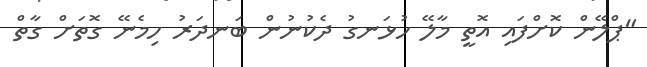
"ޕްލޭން ކޮށްފައި އޮތީ މާލޭ ހުޅަނގު ދެކުނުން ބަނދަރު ހިމެނޭ ގޮތަށް ގާތް